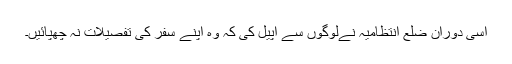
اسی دوران ضلع انتظامیہ نےلوگوں سے اپیل کی کہ وہ اپنے سفر کی تفصیلات نہ چھپائیں۔